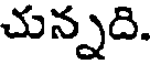
చున్నది.